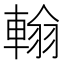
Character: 𨌺